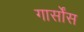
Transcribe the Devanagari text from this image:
गार्सोंस